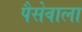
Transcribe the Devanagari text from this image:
पैसेवाला